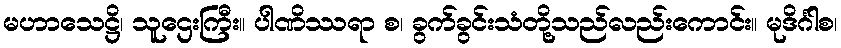
မဟာသေဋ္ဌိ၊ သူဌေးကြီး။ ပါဏိဿရာ စ၊ ခွက်ခွင်းသံတို့သည်လည်းကောင်း။ မုဒိင်္ဂါစ၊